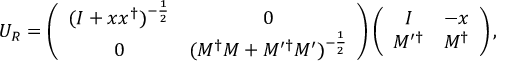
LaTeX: { \cal U } _ { R } = \left( \begin{array} { c c } { { ( I + x x ^ { \dag } ) ^ { - \frac { 1 } { 2 } } } } & { { 0 } } \\ { { 0 } } & { { ( M ^ { \dag } M + M ^ { \prime \dag } M ^ { \prime } ) ^ { - \frac { 1 } { 2 } } } } \end{array} \right) \left( \begin{array} { c c } { { I } } & { { - x } } \\ { { M ^ { \prime \dag } } } & { { M ^ { \dag } } } \end{array} \right) ,